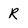
Character: R